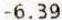
-6.39